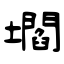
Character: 壛